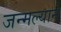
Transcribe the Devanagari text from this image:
जन्मल्याने